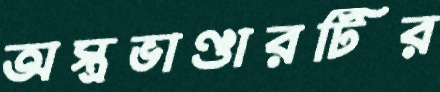
অস্ত্রভাণ্ডারটির